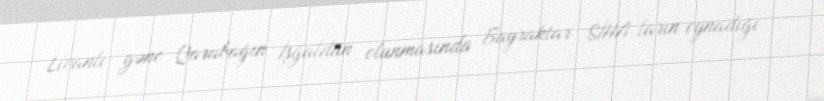
Livanlı gənc Qarabağın İşğaldan olunmasında Bayraktar SİHA-ların oynadığı